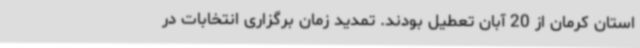
استان کرمان از 20 آبان تعطیل بودند. تمدید زمان برگزاری انتخابات در